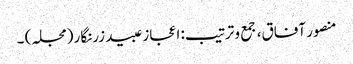
منصور آفاق، جمع و ترتیب: اعجاز عبید زرنگار (مجلہ) ۔